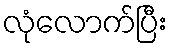
လုံလောက်ပြီး